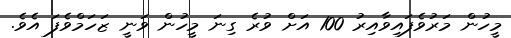
މީހުން މަރުވެފައިވާއިރު 100 އަށް ވުރެ ގިނަ މީހުން ވަނީ ޒަހަމްވެފަ އެވެ.